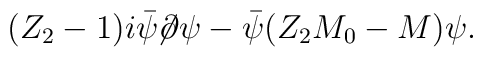
(Z_2 - 1) i \bar{\psi}\!\!\not\!\partial \psi - \bar{\psi} (Z_2 M_0 - M) \psi.